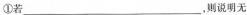
①若___，则说明无